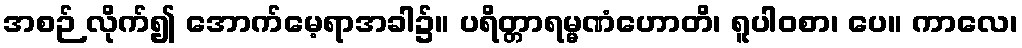
အစဉ် လိုက်၍ အောက်မေ့ရာအခါ၌။ ပရိတ္တာရမ္မဏံဟောတိ၊ ရူပါဝစာ၊ ပေ။ ကာလေ၊